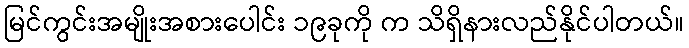
မြင်ကွင်းအမျိုးအစားပေါင်း ၁၉ခုကို က သိရှိနားလည်နိုင်ပါတယ်။